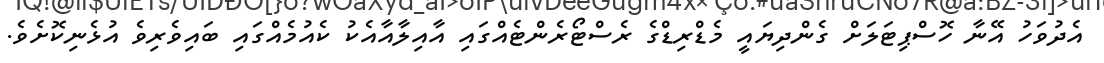
އެދުވަހު އޭނާ ހޮސްޕިޓަލަށް ގެންދިޔައީ މެޑްރިޑްގެ ރެސްޓޯރެންޓެއްގައި އާއިލާއާއެކު ކެއުމެއްގައި ބައިވެރިވެ އުޅެނިކޮށެވެ.